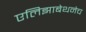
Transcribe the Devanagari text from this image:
एलिझाबेथनेच